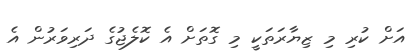
އަށް ކުރި މި ޒިޔާރަތަކީ މި ގޮތަށް އެ ކޮލެޖުގެ ދަރިވަރުން އެ